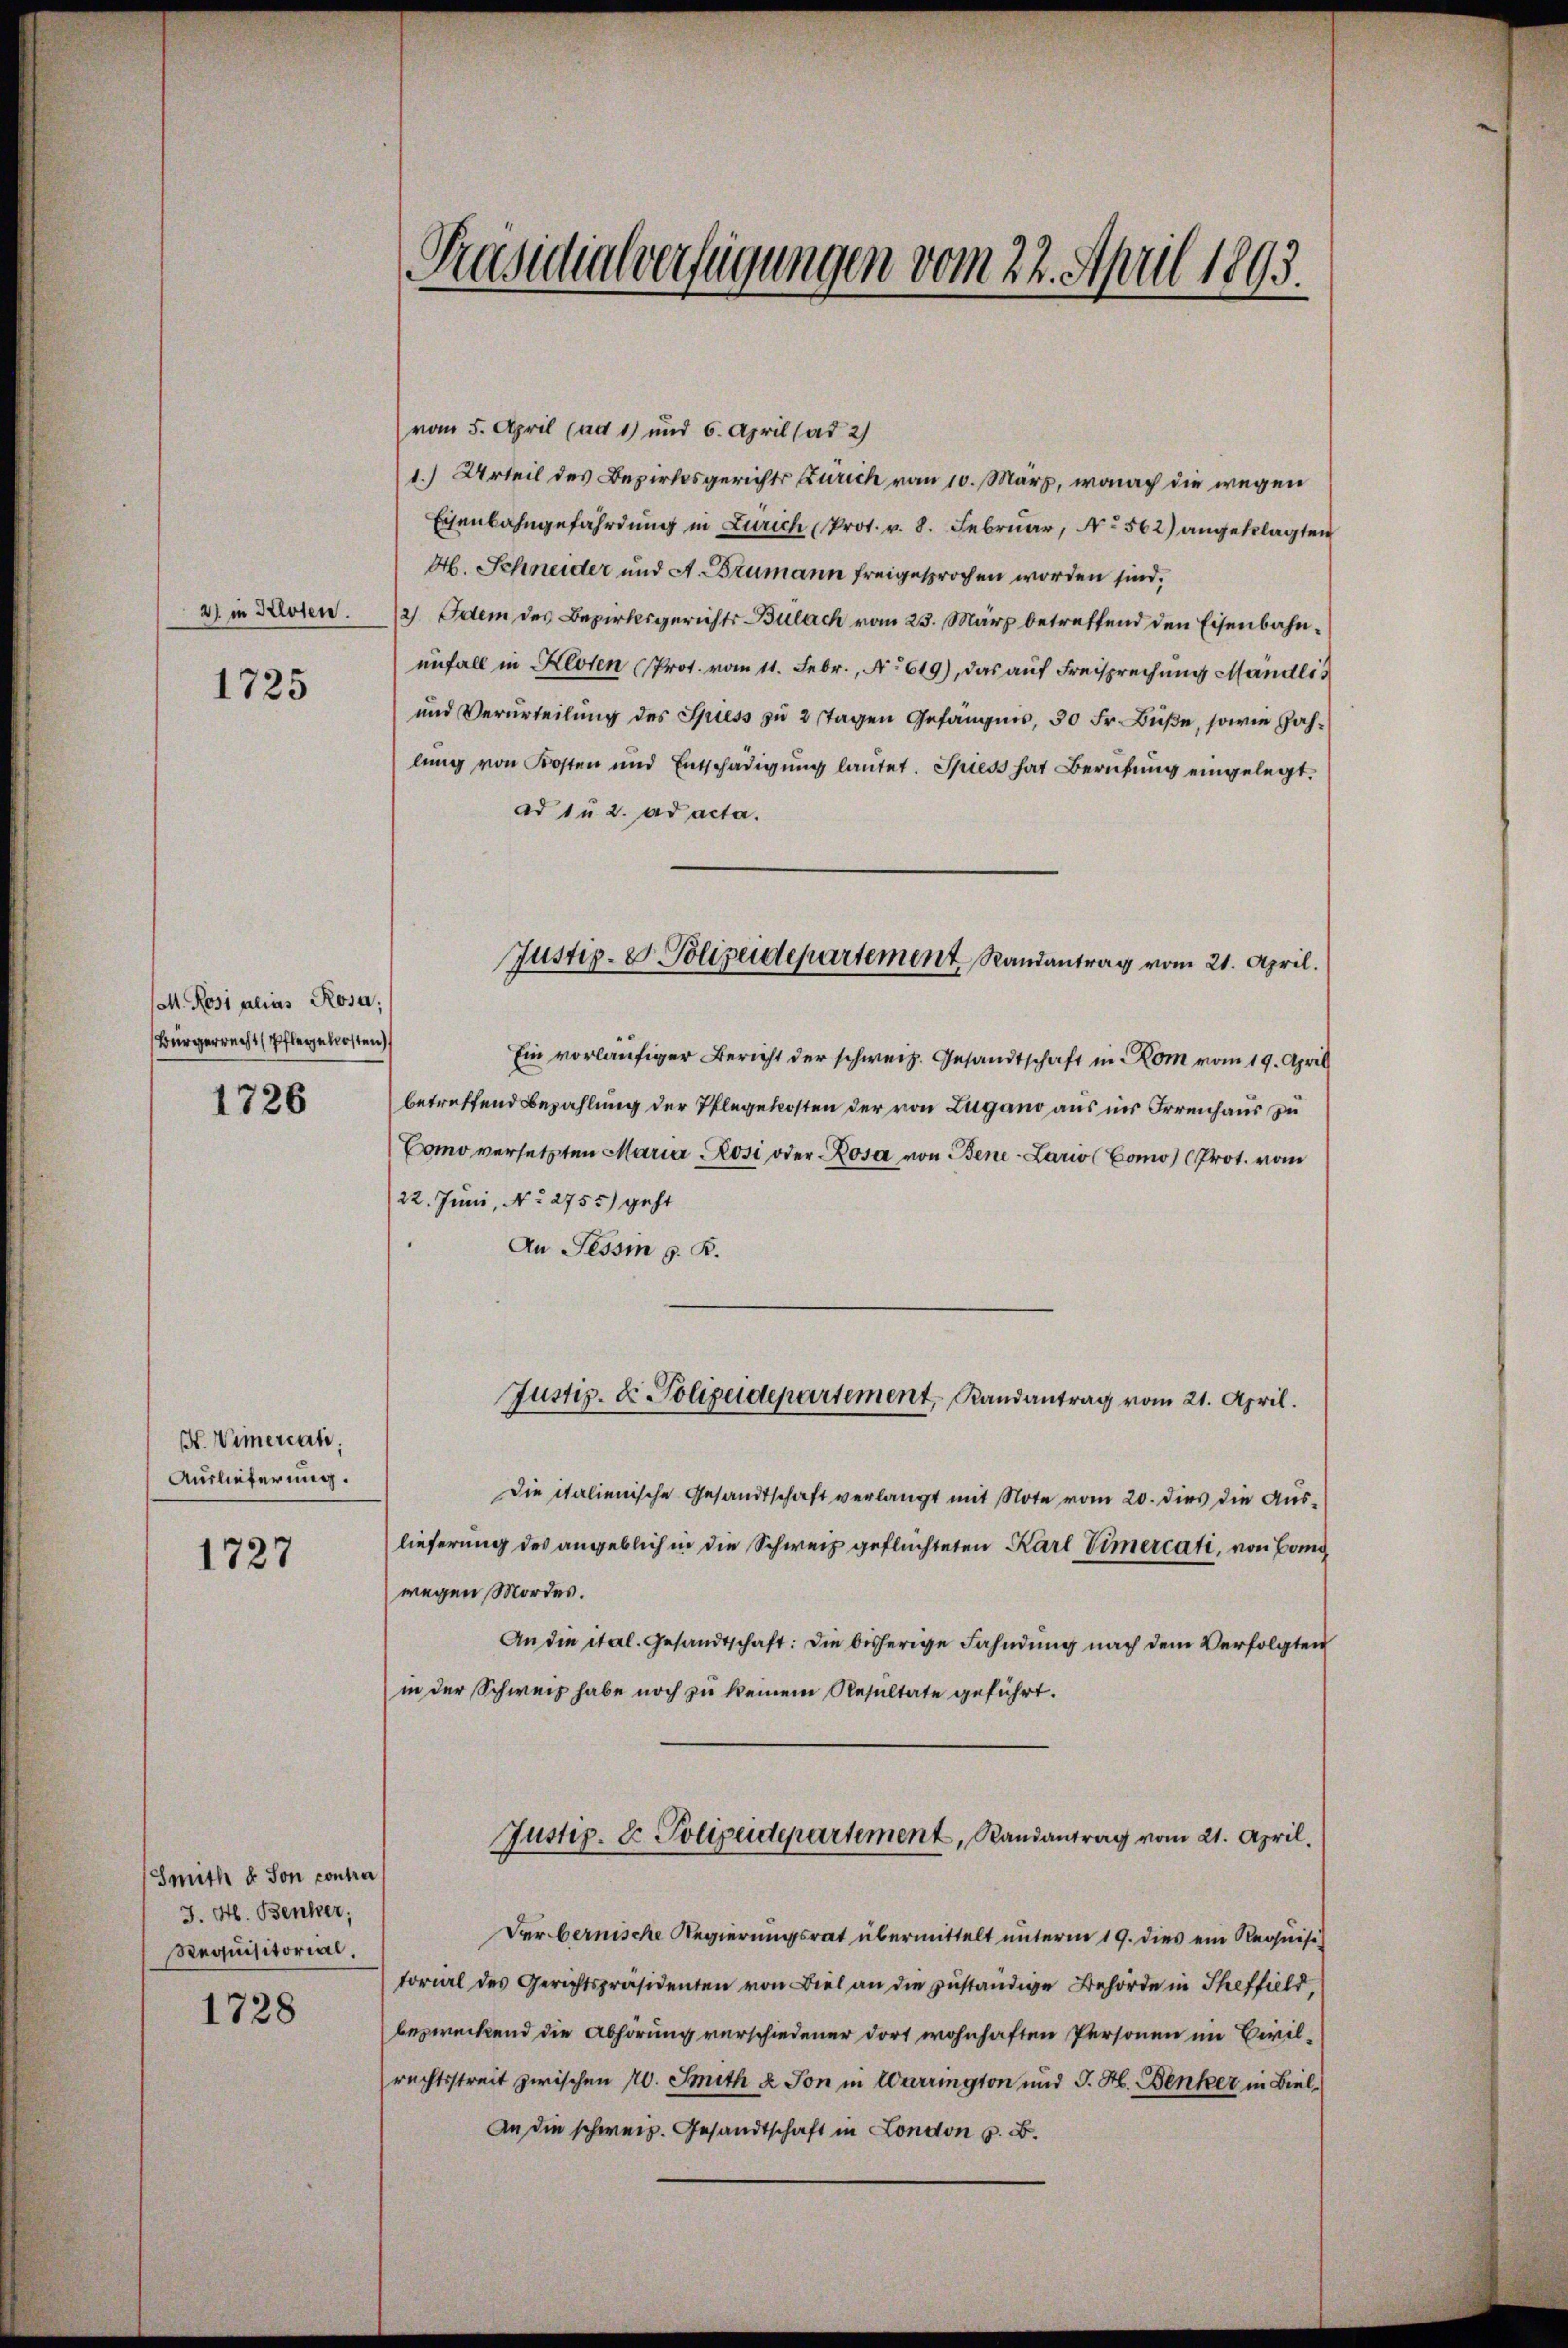
2) in Kloten.
1725

M. Rosi alias Rosa,
Bürgerrecht (Pflegekosten
1726

H. Wimercat.
Auslieferung.
1727

Smith & son contra
J. H. Benker;
Requisitorial.

1728

Präsidialverfügungen vom 22. April 1893.

vom 5. April (ad 1) und 6. April (ad 2/
1.) Urteil des Bezirksgerichts Zürich vom 10. März, wonach die wegen
Eisenbahngefährdung in Zürich (Prot. v. 8. Februar, No 562) angeklagten
M. Schneider und A. Brumann freigesprochen worden sind.
21. dem des Bezirksgerichts Bülach vom 23. März betreffend den Eisenbahnunfall in Kloten (Prot. vom 11. Febr., No 619), das auf Freisprechung Mandlis
und Verurteilung des Spiess zu 2 tagen Gefängnis, 30 Fr. Buße, sowie Zahlung von Kosten und Entschädigung lautet. Spiess hat Berufung eingelegt.
ad 1 u 2. ad acta.
Ein vorläufiger Bericht der schweiz. Gesandtschaft in Rom vom 19. April
betreffend Bezahlung der Pflegekosten der von Lugano aus in Irrenhaus zu
Como versetzten Maria Rosi oder Rosa von Bene-Lario (Como (Prot. vom
22. Juni, No 2755) geht
An Tessin s. K.
Justiz- & Polizeidepartement, Randantrag vom 21. April.
Die italienische Gesandtschaft verlangt mit Note vom 20. dies die Auslieferung des angeblich in die Schweiz geflüchteten Karl Simercati, von Bang
wegen Mordes.
An die ital. Gesandtschaft: Die bisherige Fahndung nach dem Verfolgten
in der Schweiz habe noch zu keinem Resultate geführt.
Justiz- & Polizeidepartement, Randantrag vom 21. April.
Der bernische Regierungsrat übermittelt unterm 19. dies ein Requisi
torial des Gerichtspräsidenten von Biel an die zuständige Behörde in Theffield,
bezweckend die Abhörung verschiedener dort wohnhaften Personen im Civilrechtsstreit zwischen 10. Smith u. Ton in Verrington und J. H. Benker in Biel,
An die schweiz. Gesandtschaft in London z. B.

Justiz- & Polizeidepartement Randantrag vom 21. April.